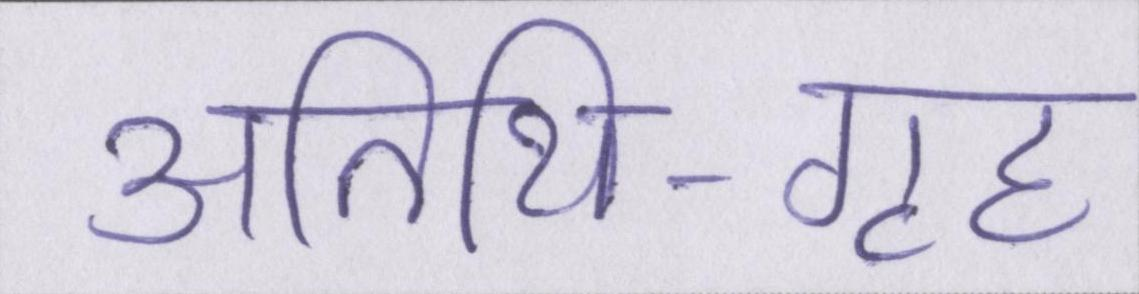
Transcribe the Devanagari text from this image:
अतिथि-गृह